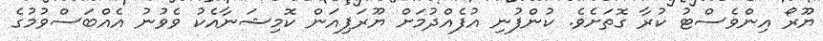
ޔޫރޯ އިންވެސްޓު ކުރާ ގޮތަށެވެ. ކުންފުނި އުފެއްދުމަށް ޔޫރަޕިއަން ކޮމިޝަނާއެކު ވެވުނު އެއްބަސްވުމުގެ